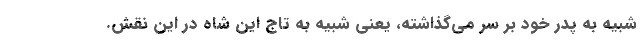
شبیه به پدر خود بر سر می‌گذاشته، یعنی شبیه به تاج این شاه در این نقش.